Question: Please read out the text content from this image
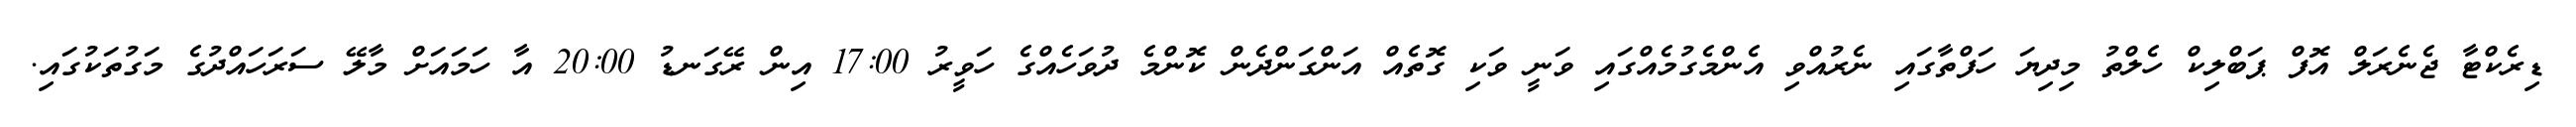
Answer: ޑިރެކްޓާ ޖެނެރަލް އޮފް ޕަބްލިކް ހެލްތު މިދިޔަ ހަފްތާގައި ނެރުއްވި އެންމެގުމެއްގައި ވަނީ ވަކި ގޮތެއް އަންގަންދެން ކޮންމެ ދުވަހެއްގެ ހަވީރު 17:00 އިން ރޭގަނޑު 20:00 އާ ހަމައަށް މާލޭ ސަރަހައްދުގެ މަގުތަކުގައި.